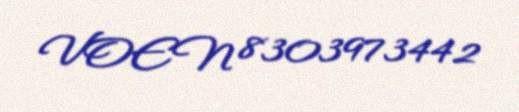
VOEN 8303973442